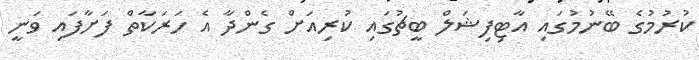
ކުރުމުގެ ބޭނުމުގައި އާޓިފިޝަލް ބީޗުގައި ކުރިއަށް ގެންދާ އެ ހަރަކާތް ފަށާފައި ވަނީ